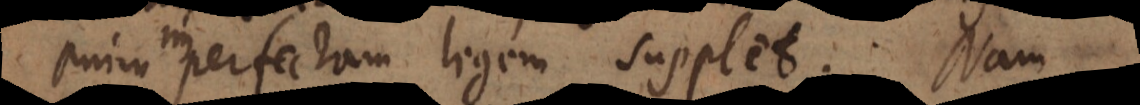
enim imperfectam legem supplet. Nam